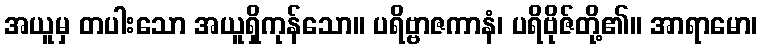
အယူမှ တပါးသော အယူရှိကုန်သော။ ပရိဗ္ဗာဇကာနံ၊ ပရိဗိုဇ်တို့၏။ အာရာမော၊